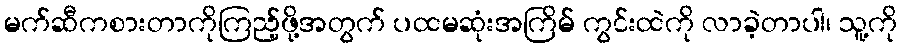
မက်ဆီကစားတာကိုကြည့်ဖို့အတွက် ပထမဆုံးအကြိမ် ကွင်းထဲကို လာခဲ့တာပါ၊ သူ့ကို